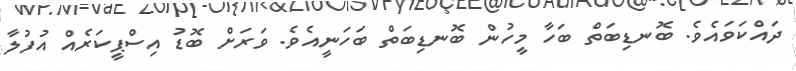
ދައްކަވައެވެ. ބޮނޑިބަތް ބަހާ މީހުން ބޮނޑިބަތް ބަހަނީއެވެ. ވަރަށް ބޮޑު އިސްޕީކަރެއް އުފުލާ